Annual administration report of the Civil Veterinary Department, Ajmere-Merwara, British Rajputana - 1914-1940
Year: 1914
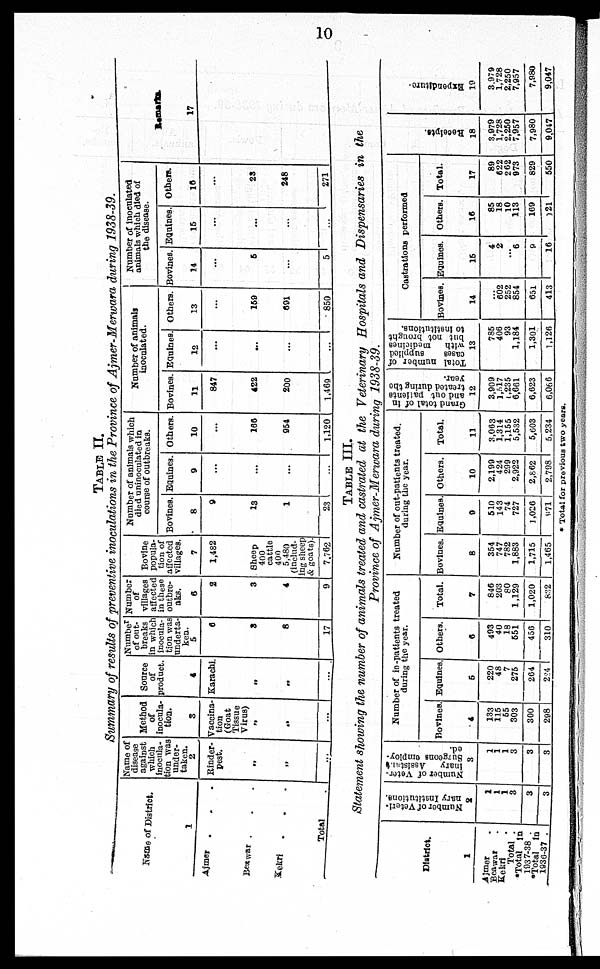
10
Table II.
Summary of results of preventive inoculations in the Province of Ajmer-Merwara during 1938-39.
Name of District.
1
Ajmer . . .
Beawar . . .
Kekri . . .
Total
.
Name of
disease
against
which
inocula-
tion was
under-
taken. 2
Rinder-
pest.
„
„
...
Method
of
inocula-
tion.
3
Vaccina-
tion
(Goat
Tissue
Virus)
„
„
...
Source
of
product.
4
Karachi.
„
„
...
Number
of out-
breaks
in which
inocula-
tion was
underta-
ken. 5
6
3
8
17
Number
of
villages
affected
in these
outbre-
aks.
6
2
3
4
9
Bovine
popula-
tion of
affected
villages.
7
1,482
Sheep
400
cattle
400
5,480
(includ-
ing sheep
& goats). 7,762
Number of animals which
died uninoculated in
course of outbreaks.
Bovines.
8
9
13
1
23
Equines.
9
...
...
...
...
Others.
10
...
166
954
1,120
Number of animals
inoculated.
Bovines.
11
847
422
200
1,469
Equines.
12
...
...
...
...
Others.
13
...
159
691
850
Number of inoculated
animals which died of
the disease.
Bovines.
14
...
5
...
5
Equines.
15
...
...
...
...
Others.
16
...
23
248
271
Remarks.
17
TABLE III.
Statement showing the number of animals treated and castrated at the Veterinary Hospitals and Dispensaries in the
Province of Ajmer-Merwara during 1938-39.
District.
1
Ajmer .
Beawar .
Kekri .
Total .
*Total in
1937-38 .
*Total in
1936-37 .
Number of veteri-
nary Institutions.
2
1
1
1
3
3
3
Number of Veter-
inary
Assisted
Surgeons employ-
ed.
3
1
1
1
3
3
3
Number of in-patients treated
during the year.
Bovines
4
133
115
55
303
300
298
Equines
5
220
48
7
275
264
224
Others.
6
493
40
18
551
456
310
Total.
7
846
203
80
1,129
1,020
832
Number of out-patients treated
during the year.
Bovines.
8
354
747
782
1,883
1,715
1,465
Equines.
9
510
143
74
727
1,026
871
Others.
10
2,199
424
299
2,922
2,862
2,798
Total.
11
3,063
1,314
1,155
5,532
5,603
5,234
Grand total of in
and out pattents
treated during the
year.
12
3,909
1,517
1,235
6,661
6,623
6,066
Total number of
cases
supplied
with medicines
but not brought
to institutions.
13
785
406
93
1,184
1,301
1,126
Castrations performed
Bovines.
14
...
602
252
854
651
413
Equines.
15
4
2
... 6
9
16
Others.
16
85
18
10
113
169
121
Total.
17
89
622
262
973
829
550
Receipts.
18
3,979
1,728
2,250
7,957
7,980
9,047
Expe ndi t
ur e
19
3,979
1,728
2,250
7,957
7,980
9,047
* Total for previous two years.